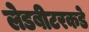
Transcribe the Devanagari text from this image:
लेडबीटरकडे